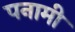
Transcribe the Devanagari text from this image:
पनामी